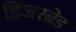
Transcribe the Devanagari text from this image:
डिंजरब्रेड